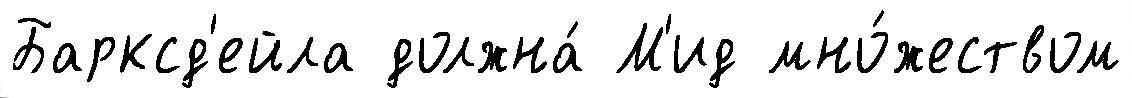
Барксд'ейла должна́ М'ид мно́жеством